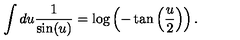
\int d u \frac { 1 } { \sin ( u ) } = \log \left( - \tan \left( \frac { u } { 2 } \right) \right) .